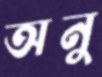
অনু